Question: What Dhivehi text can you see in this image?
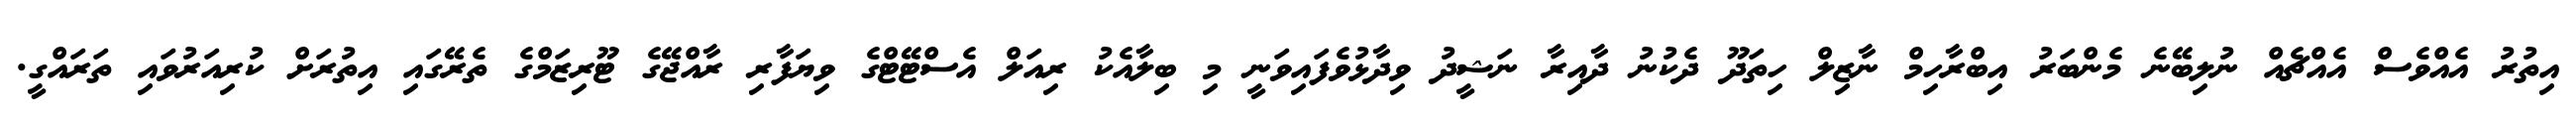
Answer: އިތުރު އެއްވެސް އެއްޗެއް ނުލިބޭނެ މެންބަރު އިބްރާހިމް ނާޒިލް ހިތަދޫ ދެކުނު ދާއިރާ ނަޝީދު ވިދާޅުވެފައިވަނީ މި ބިލާއެކު ރިއަލް އެސްޓޭޓްގެ ވިޔަފާރި ރާއްޖޭގެ ޓޫރިޒަމްގެ ތެރޭގައި އިތުރަށް ކުރިއަރުވައި ތަރައްގީ.